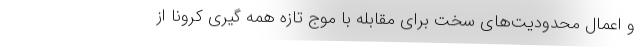
و اعمال محدودیت‌های سخت برای مقابله با موج تازه همه گیری کرونا از